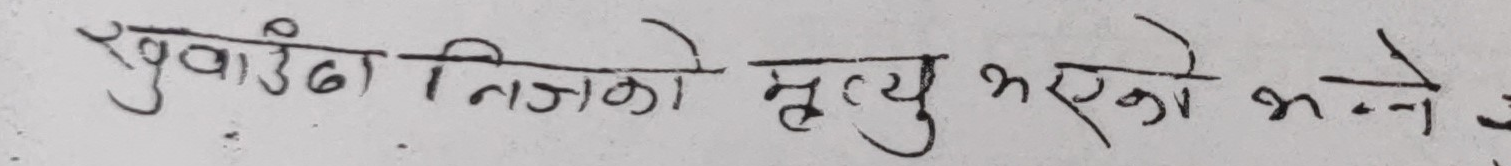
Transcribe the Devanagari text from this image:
खुवाउँदा निजको मृत्यु भएको भन्ने